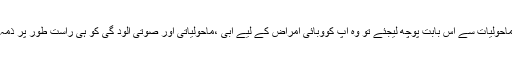
آپ کسی ماہر ماحولیات سے اس بابت پوچھ لیجئے تو وہ آپ کووبائی امراض کے لیے آبی ،ماحولیاتی اور صوتی آلود گی کو ہی راست طور پر ذمہ دار بتا ئے گا۔